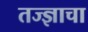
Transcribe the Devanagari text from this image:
तज्ज्ञाचा